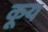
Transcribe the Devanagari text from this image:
कूय